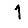
Digit: 1